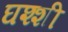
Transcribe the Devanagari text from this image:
घश्शी